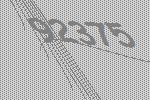
92375